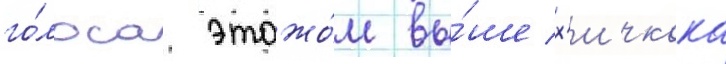
го́лоса этажо́м вы́ше х'ичкока